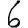
Digit: 6